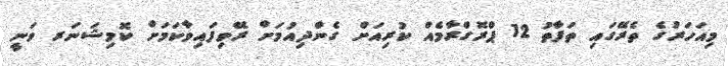
މިއަހަރުގެ ތެރޭގައި ތަފާތު 12 ޕްރޮގްރާމެއް ކުރިއަށް ގެންދިއުމަށް ރޭވިފައިވާކަމަށް ކޮމިޝަނަރ ވަނީ